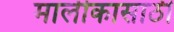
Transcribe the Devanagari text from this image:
मालीकासाठी